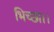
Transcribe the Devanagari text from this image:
भिच्‍छा।।